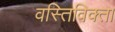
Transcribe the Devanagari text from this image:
वस्तिविक्ता